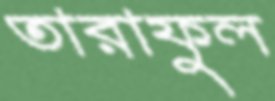
তারাফুল